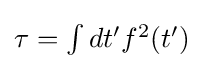
{\textstyle \tau =\int dt'f^{2}(t')}